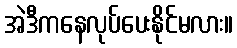
အဲဒီကနေလုပ်ပေးနိုင်မလား။